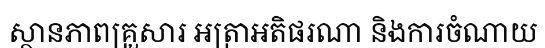
ស្ថានភាពគ្រួសារ អត្រាអតិផរណា និងការចំណាយ